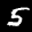
Label: 5